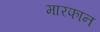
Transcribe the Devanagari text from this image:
मारफान